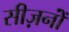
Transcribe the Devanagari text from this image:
सीज़नोंं